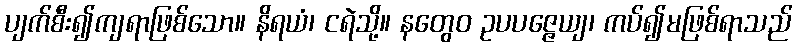
ပျက်စီး၍ကျရာဖြစ်သော။ နိရယံ၊ ငရဲသို့။ နတွေဝ ဥပပဇ္ဇေယျ၊ ကပ်၍မဖြစ်ရာသည်